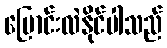
ပြောင်းလဲနိုင်ပါသည်